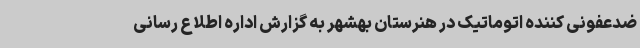
ضدعفونی کننده اتوماتیک در هنرستان بهشهر به گزارش اداره اطلاع رسانی